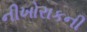
નીખોરાકની